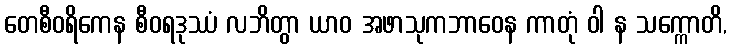
တေစီဝရိကေန စီဝရဒုဿံ လဘိတွာ ယာဝ အဖာသုကဘာဝေန ကာတုံ ဝါ န သက္ကောတိ,